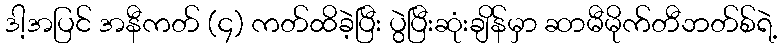
ဒါ့အပြင် အနီကတ် (၄) ကတ်ထိခဲ့ပြီး ပွဲပြီးဆုံးချိန်မှာ ဆာမီမိုက်တီဘတ်စ်ရဲ့